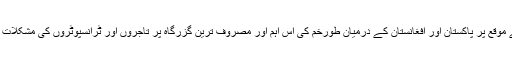
خیال رہے کہ وزیرِ اعظم عمران خان نے رواں سال دورہ خیبر کے موقع پر پاکستان اور افغانستان کے درمیان طورخم کی اس اہم اور مصروف ترین گزرگاہ پر تاجروں اور ٹرانسپوٹروں کی مشکلات کو مدّنظر رکھتے ہوئے بارڈر کو دن رات کھولنے کا حکم دیا تھا۔